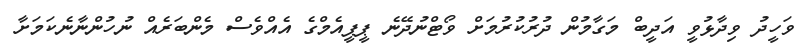
ވަހީދު ވިދާޅުވީ އަދީބް މަގާމުން ދުރުކުރުމަށް ވޯޓްނުދޭނެ ޕީޕީއެމްގެ އެއްވެސް މެންބަރެއް ނުހުންނާނެކަމަށާ